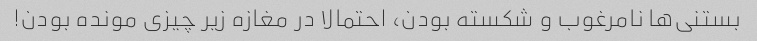
بستنی‌ها نامرغوب و شکسته بودن، احتمالا در مغازه زیر چیزی مونده بودن!